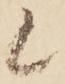
候